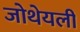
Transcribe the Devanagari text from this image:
जोथेयली